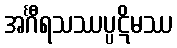
အင်္ဂီရသဿပ္ပဋိမဿ